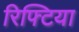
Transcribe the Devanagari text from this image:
रिफ्टिया